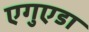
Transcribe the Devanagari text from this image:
एगुएडा